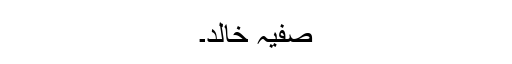
صفیہ خالد۔